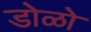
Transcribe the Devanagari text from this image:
डोळो